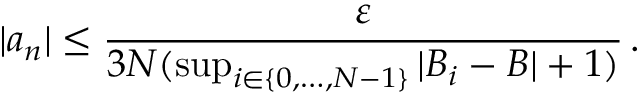
| a _ { n } | \leq { \frac { \varepsilon } { 3 N ( \operatorname* { s u p } _ { i \in \{ 0 , \dots , N - 1 \} } | B _ { i } - B | + 1 ) } } \, .